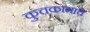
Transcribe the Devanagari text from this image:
कुचकामाचे